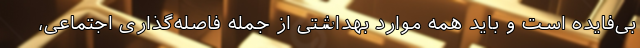
بی‌فایده است و باید همه موارد بهداشتی از جمله فاصله‌گذاری اجتماعی،